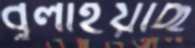
বুলাইয়াছ